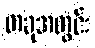
တခုအတွင်း